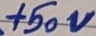
Text: +150V